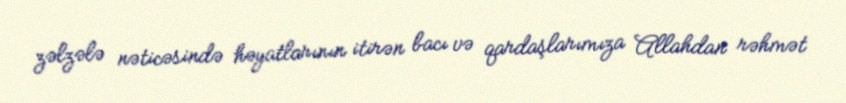
zəlzələ nəticəsində həyatlarının itirən bacı və qardaşlarımıza Allahdan rəhmət